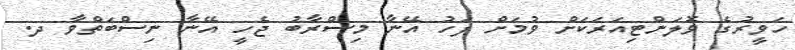
ހަވީރުގެ ވޮލަންޓިއަރަކަށް ވުމަށް ފަހު އޭނާ މިސްރާބު ޖެހީ އޭނާ ނިސްބަތްވާ ދ.